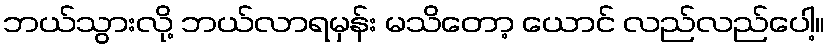
ဘယ်သွားလို့ ဘယ်လာရမှန်း မသိတော့ ယောင် လည်လည်ပေါ့။